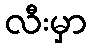
လီးမှာ